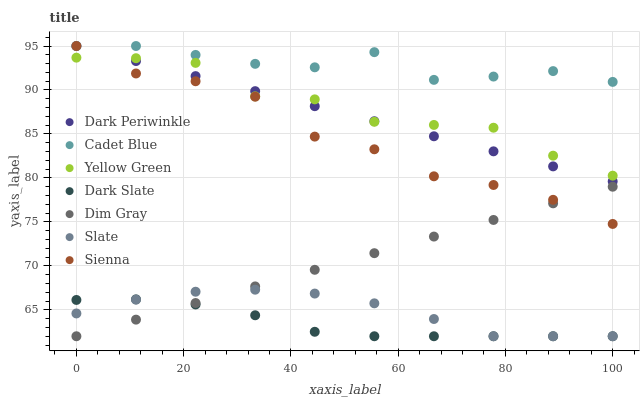
| xaxis_label | Dark Periwinkle | Cadet Blue | Yellow Green | Dark Slate | Dim Gray | Slate | Sienna |
 | --- | --- | --- | --- | --- | --- | --- | --- |
 | 0 | 95 | 95 | 93.7 | 66.1 | 62 | 64.6 | 95 |
 | 11.1 | 93.3 | 95 | 93.6 | 66.2 | 63.9 | 66.2 | 91.9 |
 | 22.2 | 91.6 | 94 | 93.1 | 65.6 | 65.8 | 67.1 | 91 |
 | 33.3 | 89.9 | 93 | 89.3 | 64.4 | 67.7 | 67.3 | 89.2 |
 | 44.4 | 88.2 | 92.6 | 88.9 | 62.5 | 69.6 | 66.9 | 84.7 |
 | 55.6 | 86.4 | 94.3 | 86.4 | 62 | 71.4 | 65.7 | 83.3 |
 | 66.7 | 84.7 | 91.2 | 86 | 62 | 73.3 | 64 | 80.2 |
 | 77.8 | 83 | 91.5 | 85.7 | 62 | 75.2 | 62 | 79.2 |
 | 88.9 | 81.3 | 92.1 | 82.5 | 62 | 77.1 | 62 | 77.5 |
 | 100 | 79.6 | 90.9 | 80.3 | 62 | 79 | 62 | 74.8 |